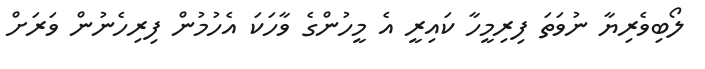
ލޯބިވެރިޔާ ނުވަތަ ފިރިމީހާ ކައިރީ އެ މީހުންގެ ވާހަކަ އެހުމުން ފިރިހެނުން ވަރަށް